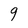
Character: g